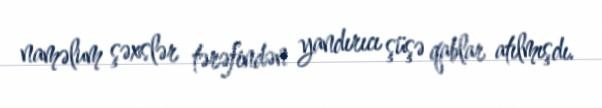
naməlum şəxslər tərəfindən yandırıcı şüşə qablar atılmışdı.